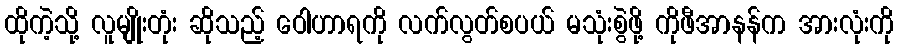
ထိုကဲ့သို့ လူမျိုးတုံး ဆိုသည့် ဝေါဟာရကို လက်လွတ်စပယ် မသုံးစွဲဖို့ ကိုဖီအာနန်က အားလုံးကို